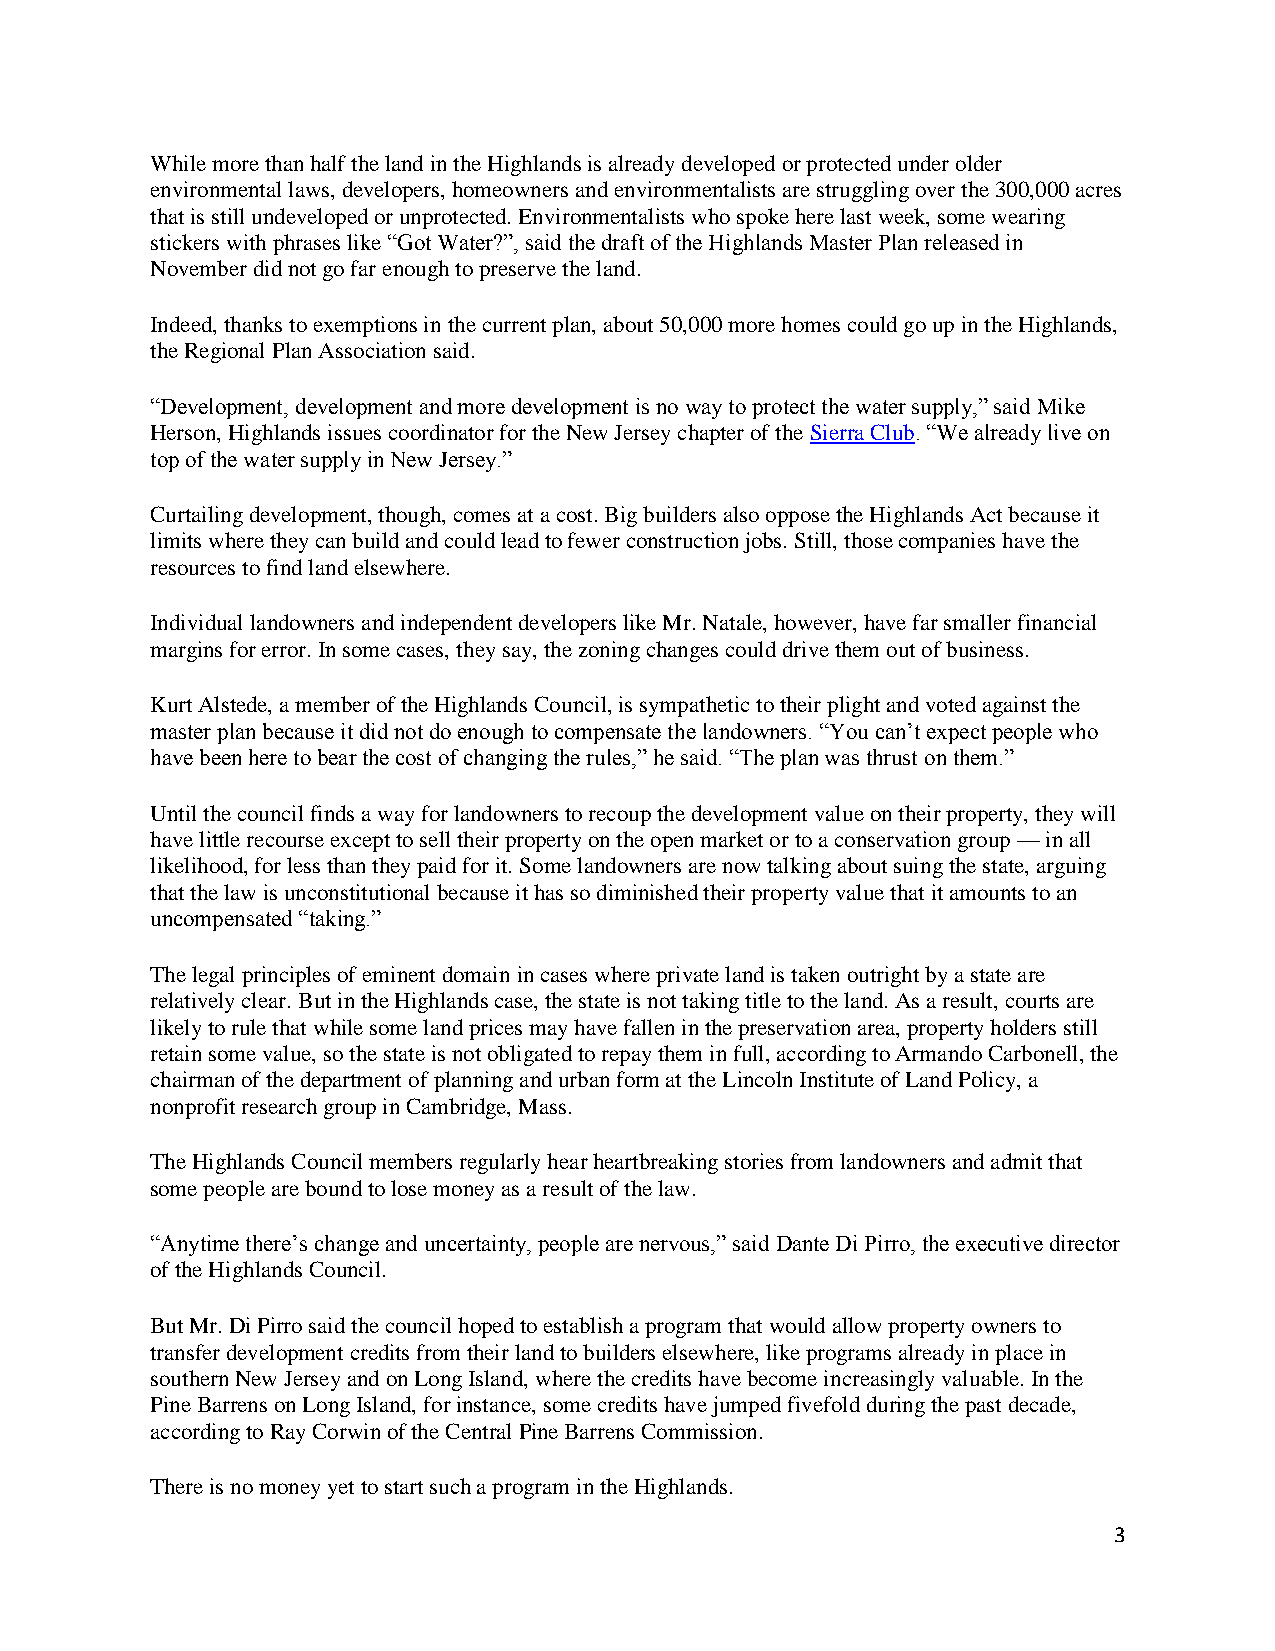
While more than half the land in the Highlands is already developed or protected under older
 environmental laws, developers, homeowners and environmentalists are struggling over the 300,000 acres
 that is still undeveloped or unprotected. Environmentalists who spoke here last week, some wearing
 stickers with phrases like “Got Water?”, said the draft of the Highlands Master Plan released in
 November did not go far enough to preserve the land.
 Indeed, thanks to exemptions in the current plan, about 50,000 more homes could go up in the Highlands,
 the Regional Plan Association said.
 “Development, development and more development is no way to protect the water supply,” said Mike
 Herson, Highlands issues coordinator for the New Jersey chapter of the Sierra Club. “We already live on
 top of the water supply in New Jersey.”
 Curtailing development, though, comes at a cost. Big builders also oppose the Highlands Act because it
 limits where they can build and could lead to fewer construction jobs. Still, those companies have the
 resources to find land elsewhere.
 Individual landowners and independent developers like Mr. Natale, however, have far smaller financial
 margins for error. In some cases, they say, the zoning changes could drive them out of business.
 Kurt Alstede, a member of the Highlands Council, is sympathetic to their plight and voted against the
 master plan because it did not do enough to compensate the landowners. “You can’t expect people who
 have been here to bear the cost of changing the rules,” he said. “The plan was thrust on them.”
 Until the council finds a way for landowners to recoup the development value on their property, they will
 have little recourse except to sell their property on the open market or to a conservation group — in all
 likelihood, for less than they paid for it. Some landowners are now talking about suing the state, arguing
 that the law is unconstitutional because it has so diminished their property value that it amounts to an
 uncompensated “taking.”
 The legal principles of eminent domain in cases where private land is taken outright by a state are
 relatively clear. But in the Highlands case, the state is not taking title to the land. As a result, courts are
 likely to rule that while some land prices may have fallen in the preservation area, property holders still
 retain some value, so the state is not obligated to repay them in full, according to Armando Carbonell, the
 chairman of the department of planning and urban form at the Lincoln Institute of Land Policy, a
 nonprofit research group in Cambridge, Mass.
 The Highlands Council members regularly hear heartbreaking stories from landowners and admit that
 some people are bound to lose money as a result of the law.
 “Anytime there’s change and uncertainty, people are nervous,” said Dante Di Pirro, the executive director
 of the Highlands Council.
 But Mr. Di Pirro said the council hoped to establish a program that would allow property owners to
 transfer development credits from their land to builders elsewhere, like programs already in place in
 southern New Jersey and on Long Island, where the credits have become increasingly valuable. In the
 Pine Barrens on Long Island, for instance, some credits have jumped fivefold during the past decade,
 according to Ray Corwin of the Central Pine Barrens Commission.
 There is no money yet to start such a program in the Highlands.
 3